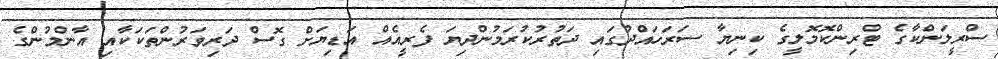
ސްރީލަންކާގެ ޓްރިންކޮމޮލީގެ ކިނިޔާ ސަރަހައްދުގައި ދަތުރުކުރަމުންދިޔަ ފެރީއެއް އަޑިޔަށް ގޮސް ދަރިވަރުންތަކަކާއި އާންމުންގެ